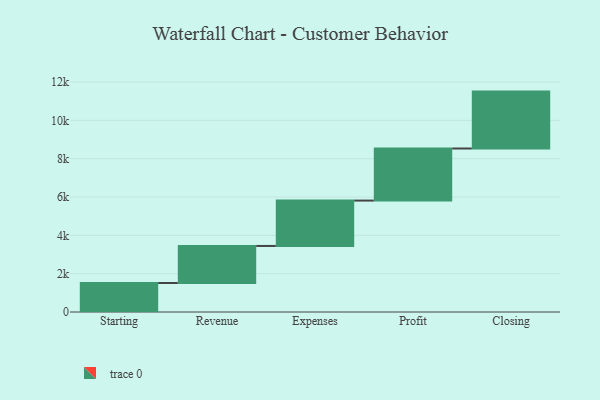
{"axis": {"x": "Step", "y": "Value"}, "legend": [""], "data": [{"x": "Starting", "y": 1513.0, "type": ""}, {"x": "Revenue", "y": 1933.0, "type": ""}, {"x": "Expenses", "y": 2368.0, "type": ""}, {"x": "Profit", "y": 2718.0, "type": ""}, {"x": "Closing", "y": 2969.0, "type": ""}]}